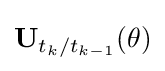
\mathbf {U} _{t_{k}/t_{k-1}}(\theta )